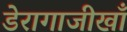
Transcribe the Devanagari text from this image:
डेरागाजीखाँ